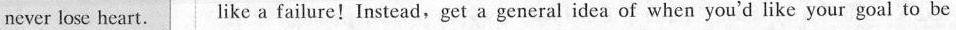
never lose heart. like a failure!Instead,get a general idea of when you'd like your goal to be